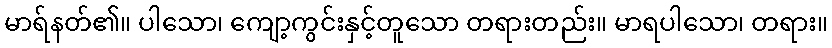
မာရ်နတ်၏။ ပါသော၊ ကျော့ကွင်းနှင့်တူသော တရားတည်း။ မာရပါသော၊ တရား။